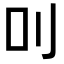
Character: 𠮧